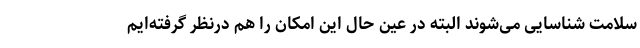
سلامت شناسایی می‌شوند البته در عین حال این امکان را هم درنظر گرفته‌ایم